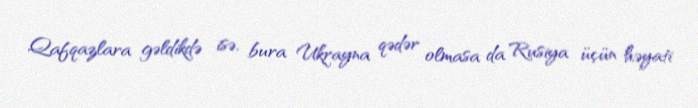
Qafqazlara gəldikdə isə, bura Ukrayna qədər olmasa da Rusiya üçün həyati